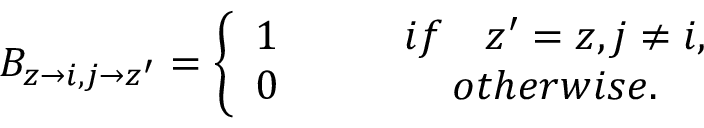
B _ { z \rightarrow i , j \rightarrow z ^ { \prime } } = \left\{ \begin{array} { c c } { 1 \qquad } & { i f \quad z ^ { \prime } = z , j \neq i , } \\ { 0 \qquad } & { o t h e r w i s e . } \end{array} \right.